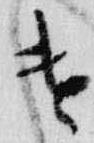
遣